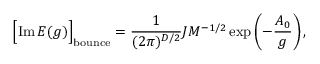
\Bigl [ \mathrm { I m } \, { \cal E } ( g ) \Bigr ] _ { \mathrm { b o u n c e } } = \frac { 1 } { ( 2 \pi ) ^ { D / 2 } } J M ^ { - 1 / 2 } \exp \left( - \frac { A _ { 0 } } { g } \right) ,